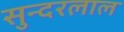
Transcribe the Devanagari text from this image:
सुन्‍दरलाल